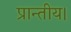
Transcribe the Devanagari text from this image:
प्रान्तीय।